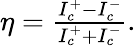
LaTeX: \begin{array}{r}{\eta=\frac{I_{c}^{+}-I_{c}^{-}}{I_{c}^{+}+I_{c}^{-}}.}\end{array}